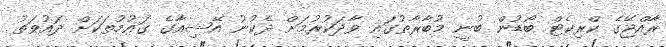
ރާއްޖޭގެ ކްރިކެޓް ބޯޑުން ބުނީ މުބާރާތުގައި ވާދަކުރުމަށް ދެކުނު އޭޝިއާގެ ގައުމުތަކަށް ދައުވަތު